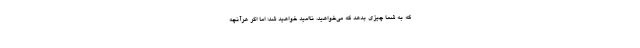
که به شما چیزی بدهد که می‌خواهید، نا‌امید خواهید شد؛ اما اگر هرآنچه